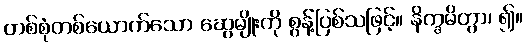
တစ်စုံတစ်ယောက်သော ဆွေမျိုးကို စွန့်ပြစ်သဖြင့်။ နိက္ခမိတွာ၊ ၍။